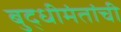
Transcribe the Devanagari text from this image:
बुद्धीमंतांची